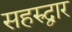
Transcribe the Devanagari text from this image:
सहरुद्वार